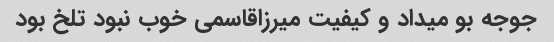
جوجه بو میداد و کیفیت میرزاقاسمی خوب نبود تلخ بود